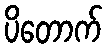
ပိတောက်